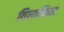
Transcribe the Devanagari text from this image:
विधाक्तिम